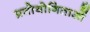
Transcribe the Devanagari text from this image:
प्रतोयोगिताओं